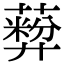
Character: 𬞦